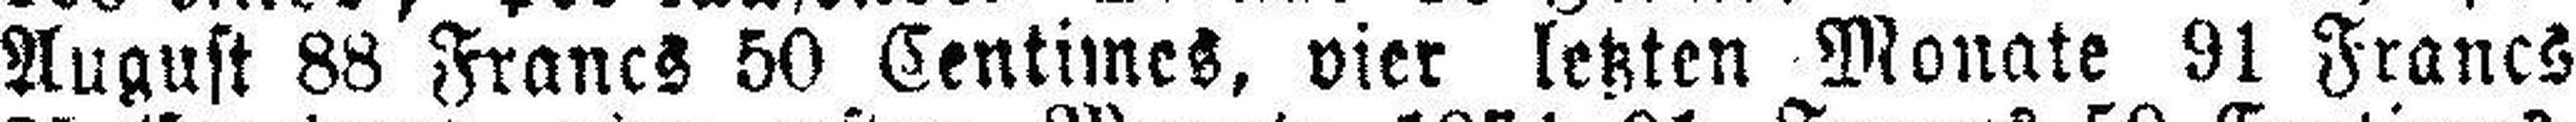
August 88 Francs 50 Centimes, vier letzten Monate 91 Francs